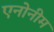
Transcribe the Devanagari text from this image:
एनोनीम